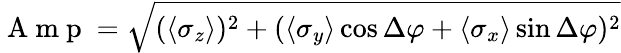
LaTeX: \mathrm{~A~m~p~}=\sqrt{(\langle\sigma_{z}\rangle)^{2}+(\langle\sigma_{y}\rangle\cos\Delta\varphi+\langle\sigma_{x}\rangle\sin\Delta\varphi)^{2}}